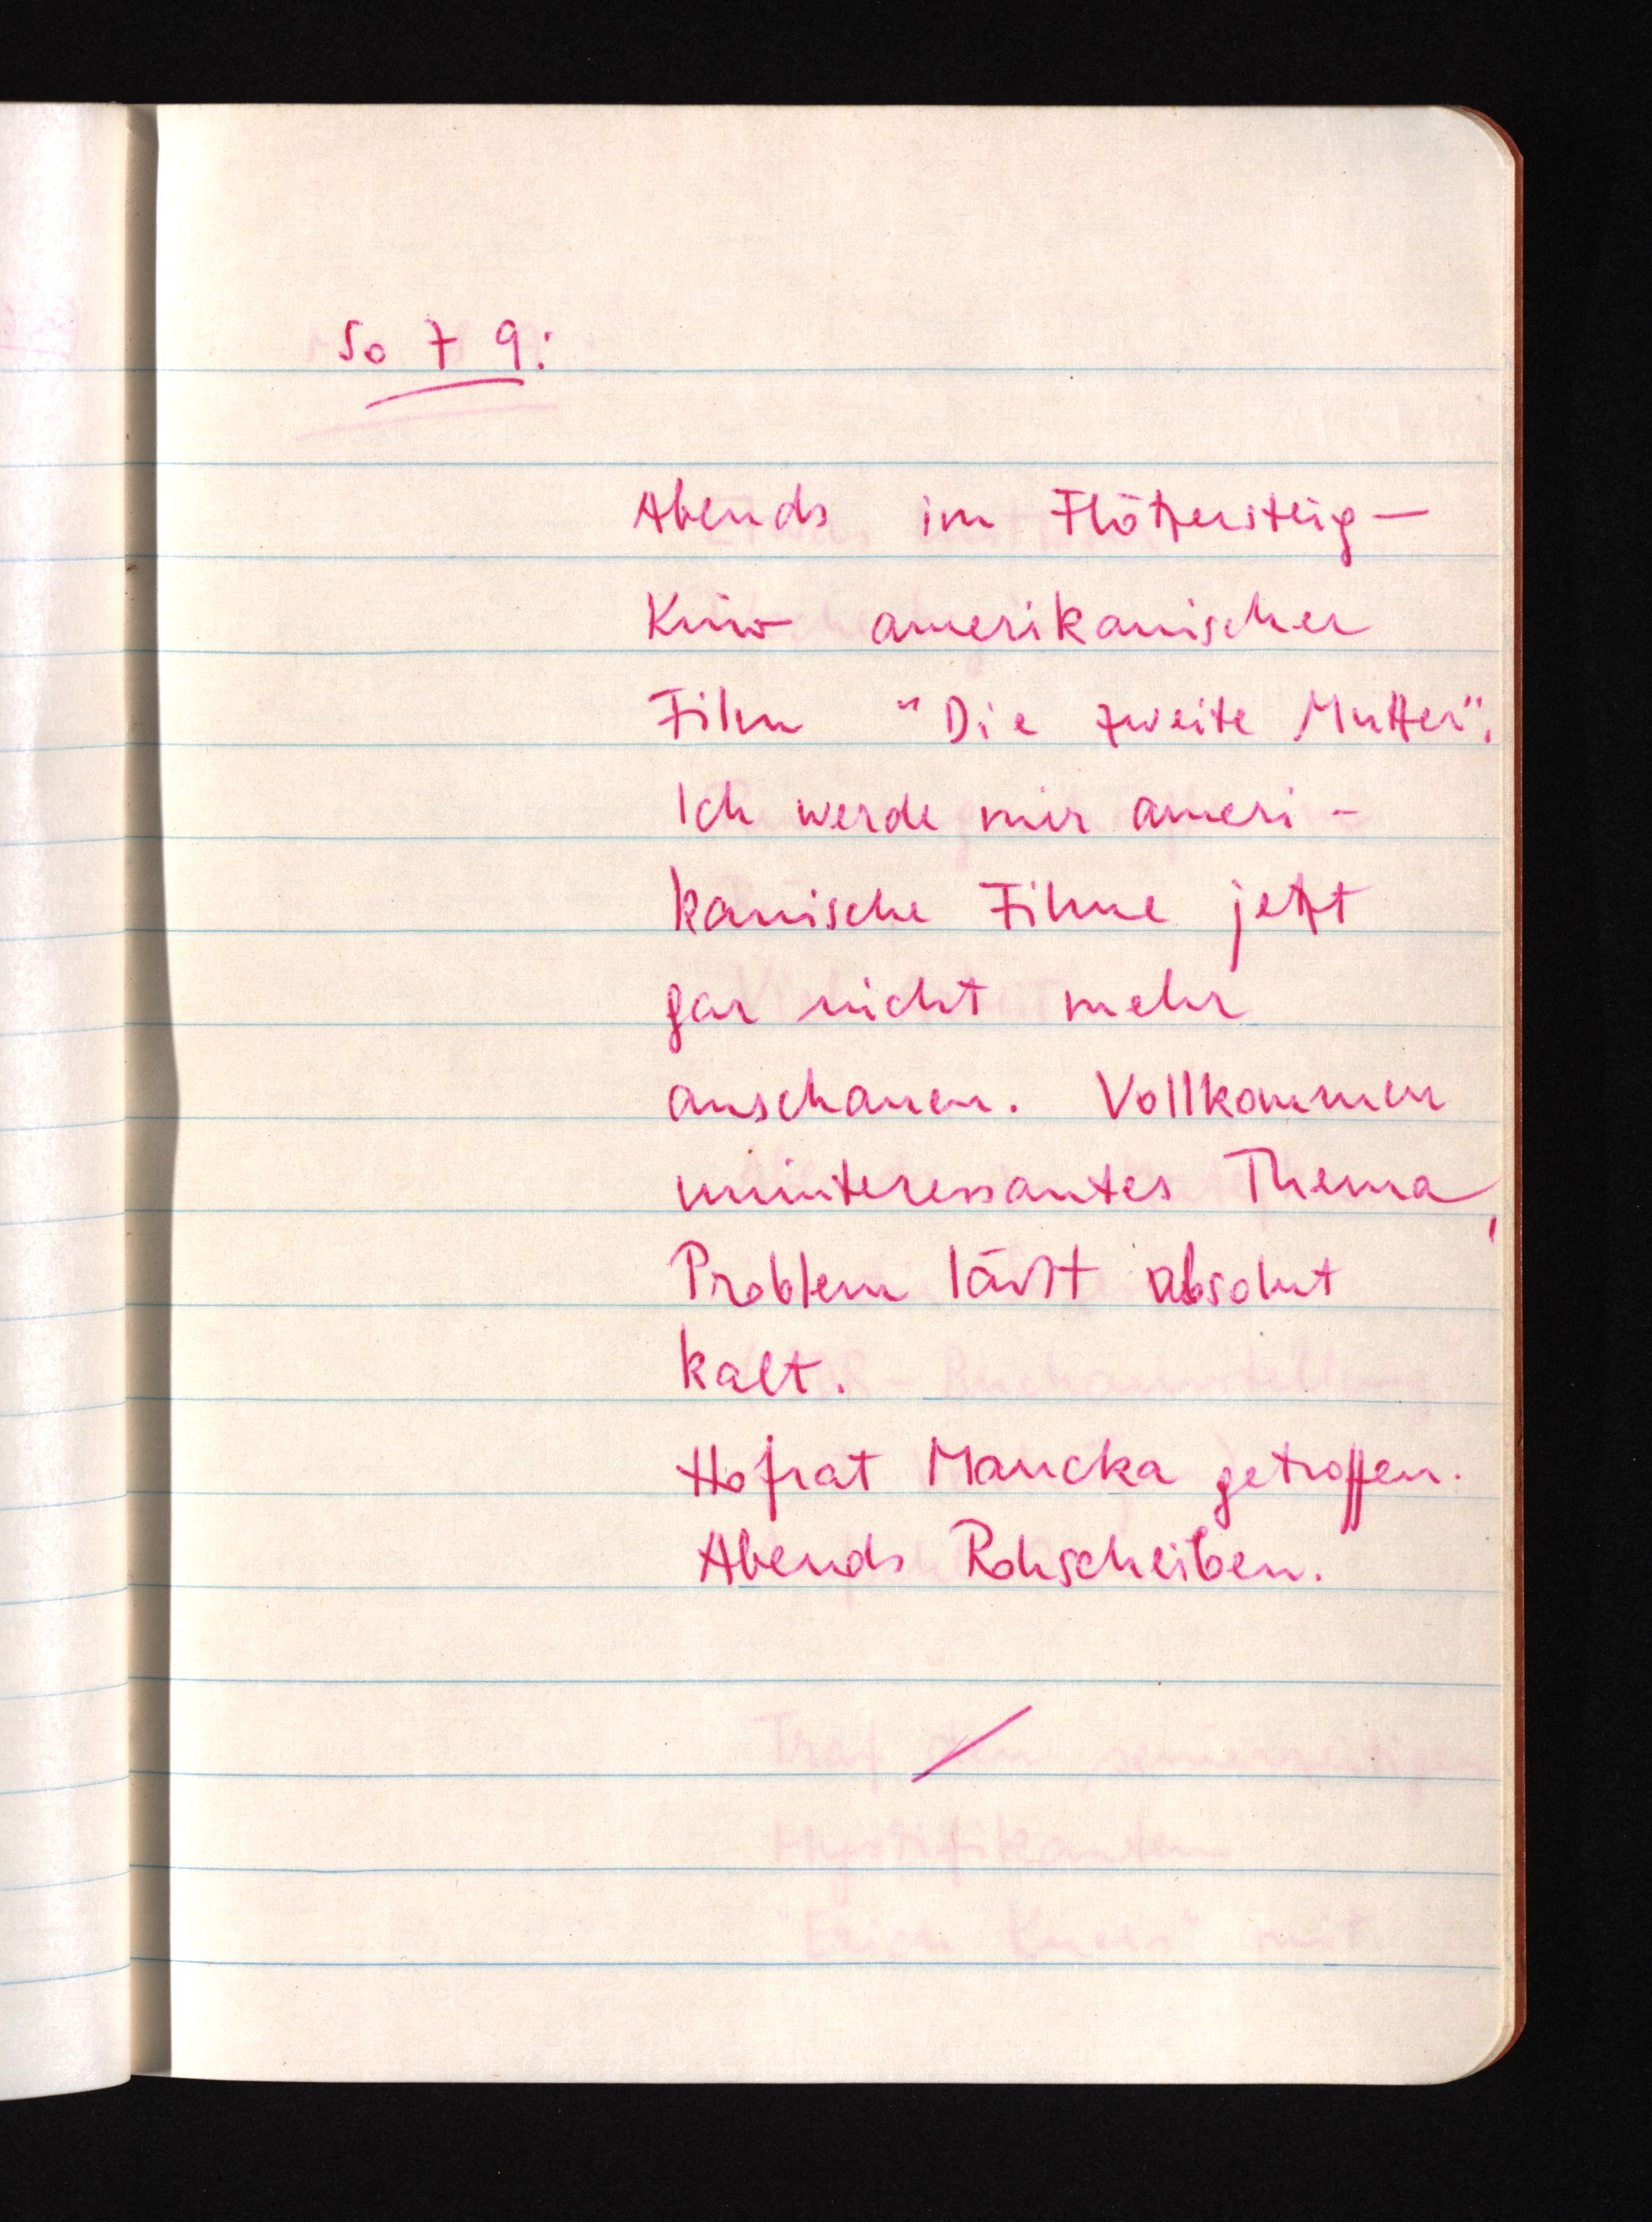
So 7 9:
Abends im Flötzersteig¬
Kino amerikanischer
Film "Die zweite Mutter".
Ich werde mir ameri¬
kanische Filme jetzt
gar nicht mehr
anschauen. Vollkommen
uninteressantes Thema,
Problem läßt absolut
kalt.
Hofrat Maucka getroffen.
Abends Rohscheiben.